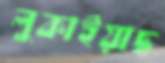
লুকাইয়াছ